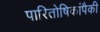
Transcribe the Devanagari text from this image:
पारितोषिकांपैकी